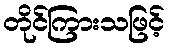
တိုင်ကြားသဖြင့်